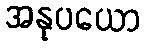
အနုပယော